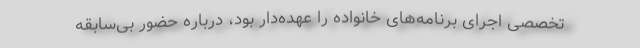
تخصصی اجرای برنامه‌های خانواده را عهده‌دار بود، درباره حضور بی‌سابقه